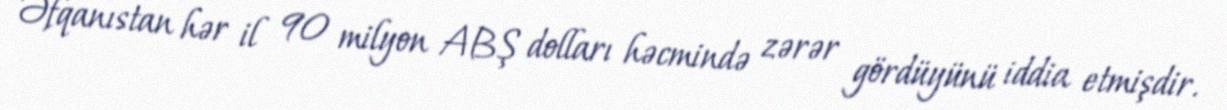
Əfqanıstan hər il 90 milyon ABŞ dolları həcmində zərər gördüyünü iddia etmişdir.